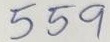
559